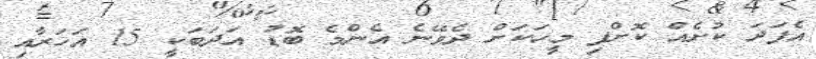
އެފަދަ ކުށެއް ކޮށްފި މީހަކަށް ދެވޭނެ އެންމެ ބޮޑު އަދަބަކީ 15 އަހަރާއި